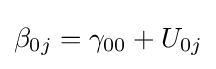
\beta _{0j}=\gamma _{00}+U_{0j}